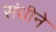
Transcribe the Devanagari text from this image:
संधीने